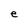
Character: e